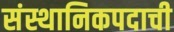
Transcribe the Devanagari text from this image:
संस्थानिकपदाची